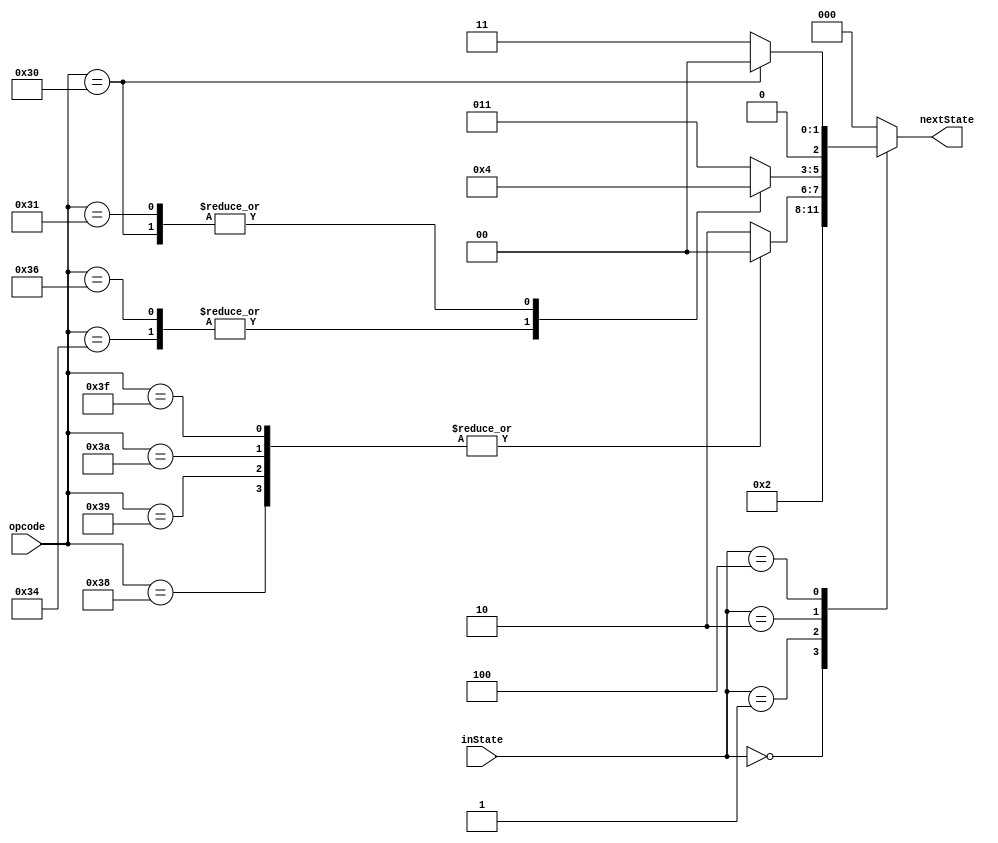
`timescale 1ns / 1ps
//////////////////////////////////////////////////////////////////////////////////
// Company: 
// Engineer: 
// 
// Design Name: 
// Module Name: NextState
// Project Name: 
// Target Devices: 
// Tool Versions: 
// Description: 
// 
// Dependencies: 
// 
// Revision:
// Revision 0.01 - File Created
// Additional Comments:
// 
//////////////////////////////////////////////////////////////////////////////////


module NextState(inState, opcode, nextState);
    input [2:0] inState; // 
    input [5:0] opcode; // 
    output reg[2:0] nextState; // 
    parameter [2:0] IF = 3'b000, // IF
                     ID = 3'b001, // ID
                     EXE = 3'b010, // EXE
                     WB = 3'b011, // WB
                     MEM = 3'b100; // MEM
    always @(inState or opcode) begin
        case (inState)
            IF: nextState = ID;
            ID: begin
                case (opcode) 
                    6'b111000: // j
                        nextState = IF;
                    6'b111001: // jr
                        nextState = IF;
                    6'b111010: // jal
                        nextState = IF;
                    6'b111111: // halt
                        nextState = IF;
                    default:
                        nextState = EXE;
                endcase
            end
            EXE: begin
                case (opcode)
                    6'b110100:  // beq
                        nextState = IF;
                    6'b110110:  // bltz
                        nextState = IF;
                    6'b110000:  // sw
                        nextState = MEM;
                    6'b110001:  // lw
                        nextState = MEM;
                    default:
                        nextState = WB;
                endcase 
            end
            MEM: begin // sw -> IF , lw -> WB
                nextState = opcode == 6'b110000 ? IF : WB;
            end
            WB: begin
                nextState = IF;
            end
            default: nextState = IF;
        endcase
    end
endmodule